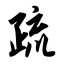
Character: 疏